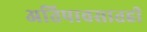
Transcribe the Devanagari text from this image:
अतिपावसातही